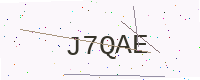
Text: J7QAE